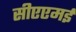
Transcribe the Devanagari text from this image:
सीएएमई